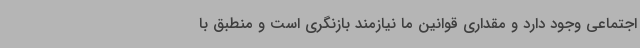
اجتماعی وجود دارد و مقداری قوانین ما نیازمند بازنگری است و منطبق با